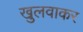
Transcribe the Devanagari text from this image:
खुलवाकर